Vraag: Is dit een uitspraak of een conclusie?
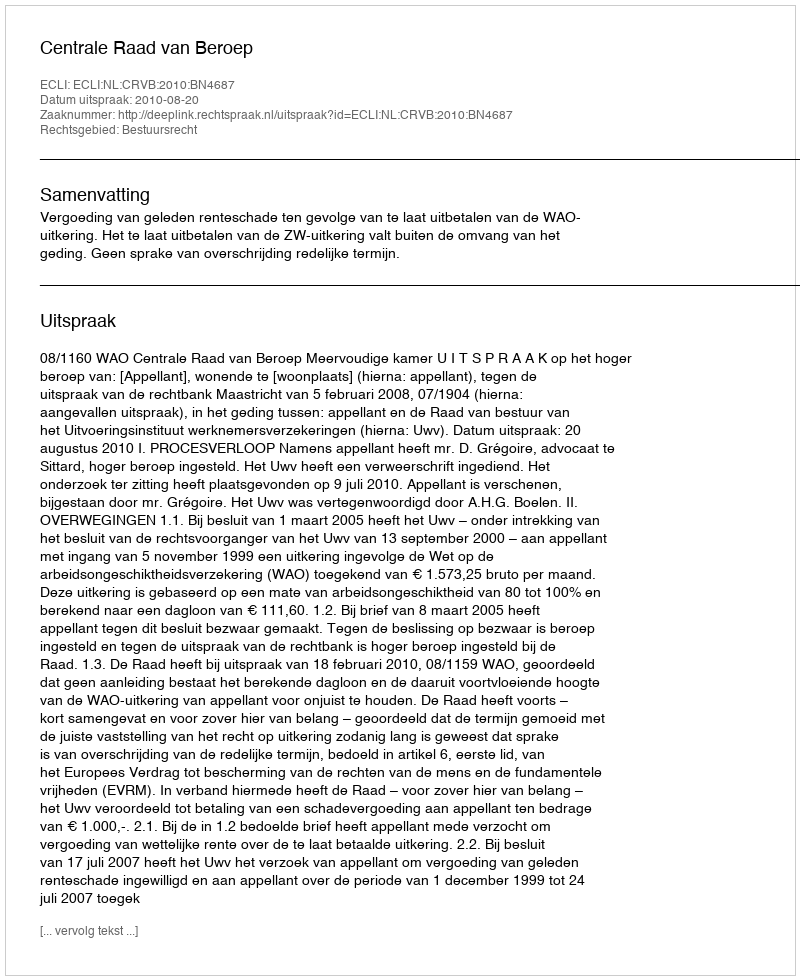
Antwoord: Uitspraak